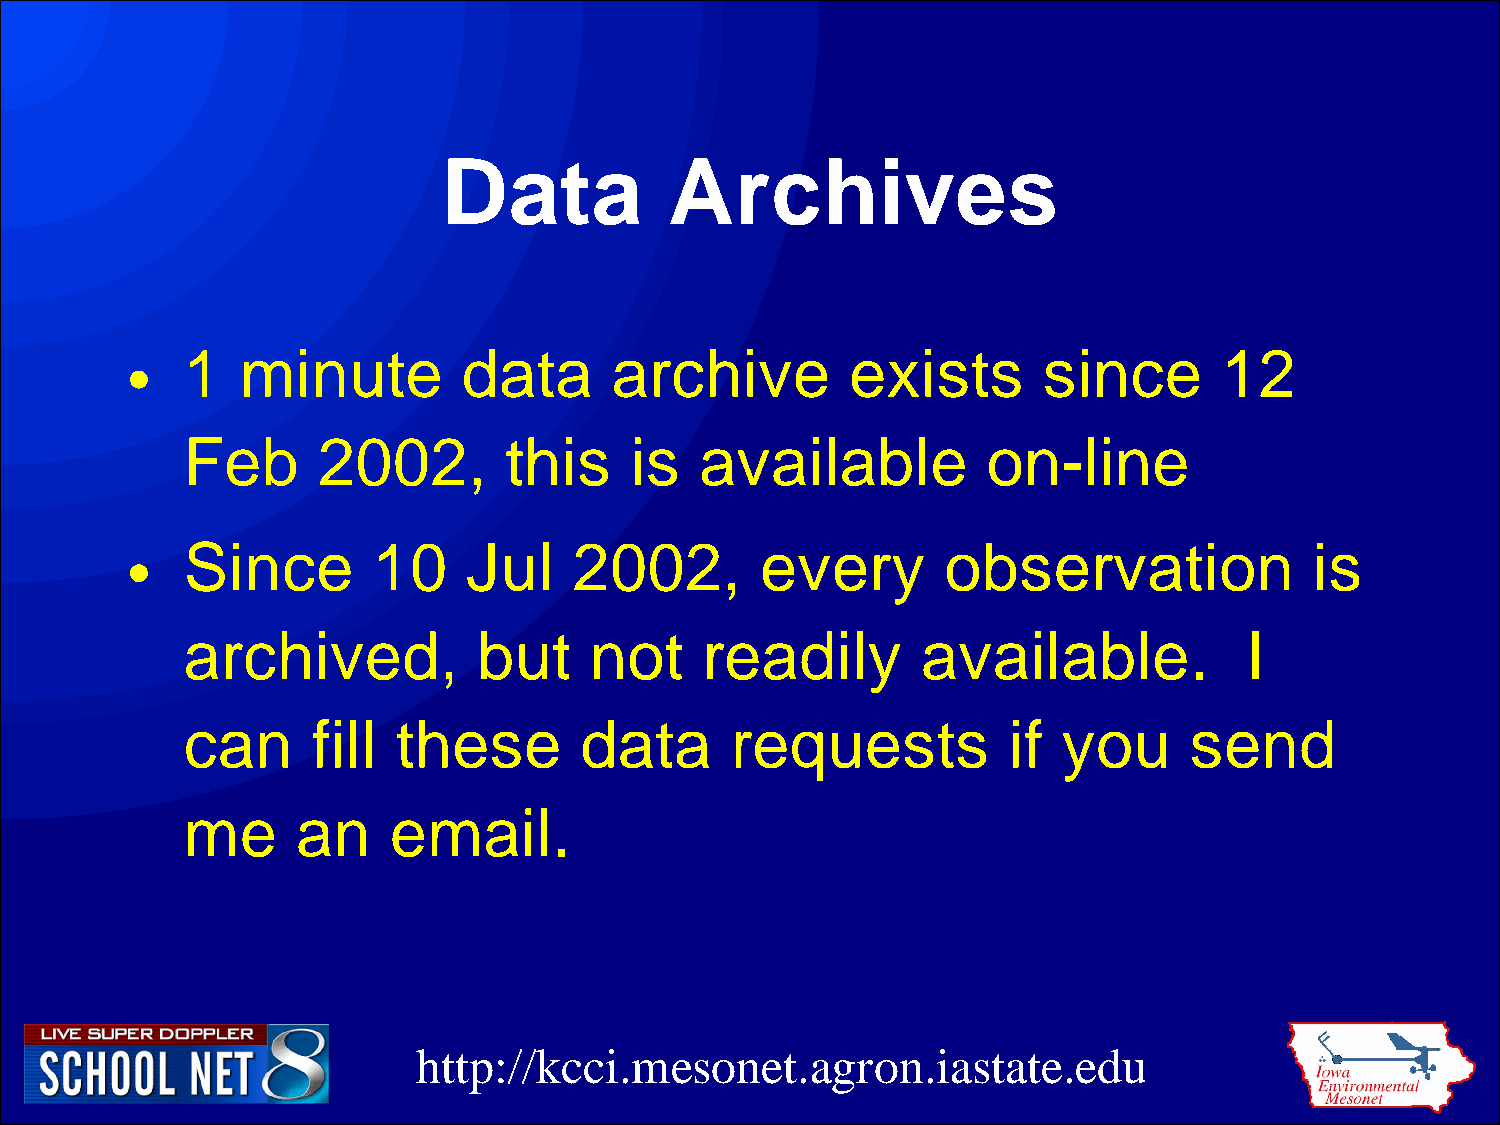
Data           Archives
 •   1   minute         data     archive         exists       since       12
 Feb      2002,       this     is  available          on-line
 •   Since        10    Jul    2002,       every        observation             is
 archived,           but    not    readily        available.           I
 can      fill these       data      requests           if you      send
 me      an    email.
 http://kcci.mesonet.agron.iastate.edu